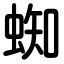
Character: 蜘